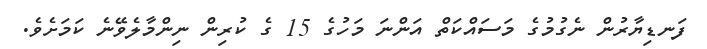
ފަނޑިޔާރުން ނެގުމުގެ މަސައްކަތް އަންނަ މަހުގެ 15 ގެ ކުރިން ނިންމާލެވޭނެ ކަމަށެވެ.